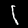
Digit: 1